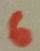
Text: 6